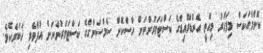
ކޮންމެއަކަސް މިފަހަރު މިއޮތީ އެންޑްރޮއިޑްގެ ކަސްޓަމަރުންނަށް ހާސްކޮށް ސަމްސަންގްގެ ކަސްޓަމަރުންނަށް އުފާވެރި ޚަބަރެކެވެ.